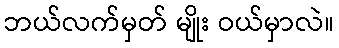
ဘယ်လက်မှတ် မျိုး ဝယ်မှာလဲ။